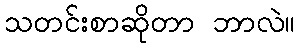
သတင်းစာဆိုတာ ဘာလဲ။